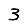
Digit: 3